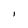
Character: I